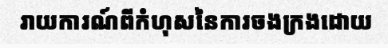
រាយការណ៍ពីកំហុសនៃការចងក្រងដោយ